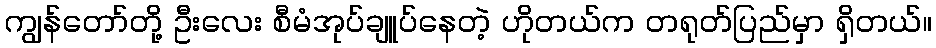
ကျွန်တော်တို့ ဦးလေး စီမံအုပ်ချူပ်နေတဲ့ ဟိုတယ်က တရုတ်ပြည်မှာ ရှိတယ်။